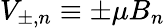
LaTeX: V_{\pm,n}\equiv\pm\mu B_{n}